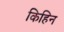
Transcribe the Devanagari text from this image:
किहिन